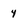
Character: 4